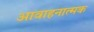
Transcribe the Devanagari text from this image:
आवाहनात्मक